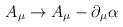
LaTeX: \begin{align*}A_{\mu} \rightarrow A_{\mu} - \partial_{\mu} \alpha\end{align*}